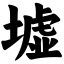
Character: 墟